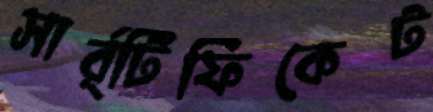
সার্র্টিফিকেট